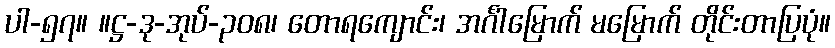
ပါ-၅၇။ ။ဋ္ဌ-ဒု-အုပ်-၃၀၈၊ တောရကျောင်း၊ အင်္ဂါမြောက် မမြောက် တိုင်းတာပြပုံ။